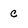
Character: c